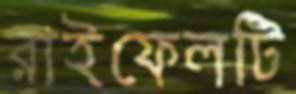
রাইফেলটি